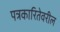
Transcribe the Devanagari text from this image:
पत्रकारितेवरील